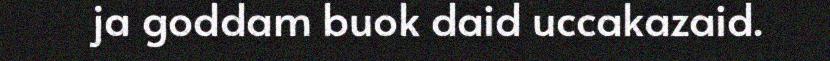
ja goddam buok daid uccakazaid.